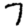
Digit: 7